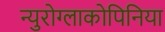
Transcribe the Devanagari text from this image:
न्युरोग्लाकोपिनिया